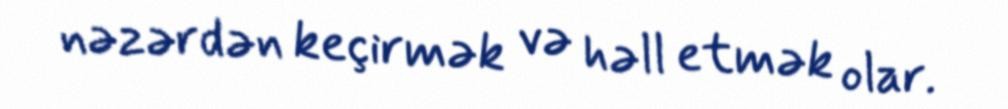
nəzərdən keçirmək və həll etmək olar.